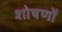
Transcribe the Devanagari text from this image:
शोषणों